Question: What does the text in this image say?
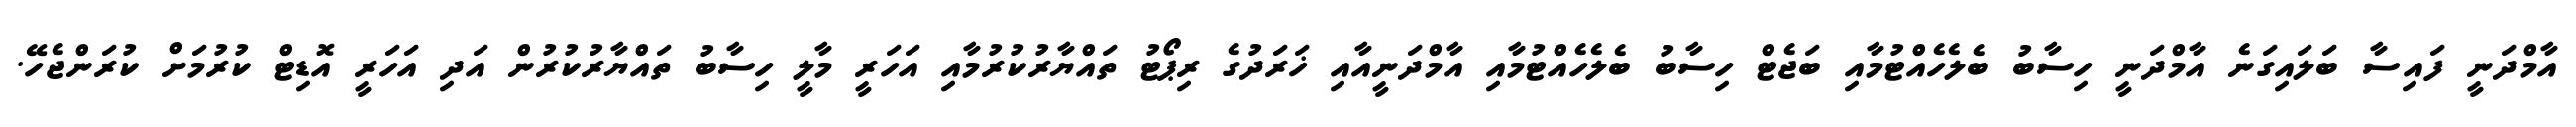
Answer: އާމްދަނީ ފައިސާ ބަލައިގަނެ އާމްދަނީ ހިސާބު ބެލެހެއްޓުމާއި ބަޖެޓް ހިސާބު ބެލެހެއްޓުމާއި އާމްދަނީއާއި ޚަރަދުގެ ރިޕޯޓު ތައްޔާރުކުރުމާއި އަހަރީ މާލީ ހިސާބު ތައްޔާރުކުރުން އަދި އަހަރީ އޮޑިޓް ކުރުމަށް ކުރަންޖެހޭ.